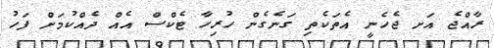
ރާއްޖެ އަށ ޖެހެނީ އެތަކެތި ގަނެގެން ހުރިހާ ޓެކްސް އެއް ދެއްކުމަށް ފަހު